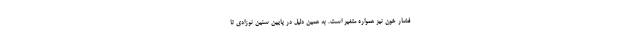
فشار خون نیز همواره متغیر است. به همین دلیل در پایین سنین نوزادی تا